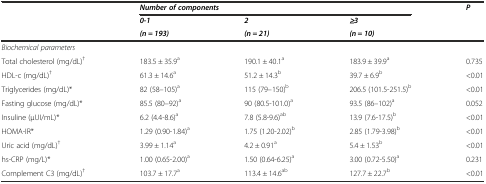
<table><thead><tr><td></td><td colspan="3"><b><i>Number of components</i></b></td><td><b><i>P</i></b></td></tr><tr><td></td><td><b><i>0-1</i></b></td><td><b><i>2</i></b></td><td><b><i>≥3</i></b></td><td></td></tr><tr><td></td><td><b><i>(n = 193)</i></b></td><td><b><i>(n = 21)</i></b></td><td><b><i>(n = 10)</i></b></td><td></td></tr></thead><tbody><tr><td><i>Biochemical parameters</i></td><td></td><td></td><td></td><td></td></tr><tr><td>Total cholesterol (mg/dL)<sup>†</sup></td><td>183.5 ± 35.9<sup>a</sup></td><td>190.1 ± 40.1<sup>a</sup></td><td>183.9 ± 39.9<sup>a</sup></td><td>0.735</td></tr><tr><td>HDL-c (mg/dL)<sup>†</sup></td><td>61.3 ± 14.6<sup>a</sup></td><td>51.2 ± 14.3<sup>b</sup></td><td>39.7 ± 6.9<sup>b</sup></td><td>&lt;0.01</td></tr><tr><td>Triglycerides (mg/dL)*</td><td>82 (58–105)<sup>a</sup></td><td>115 (79–150)<sup>b</sup></td><td>206.5 (101.5-251.5)<sup>b</sup></td><td>&lt;0.01</td></tr><tr><td>Fasting glucose (mg/dL)*</td><td>85.5 (80–92)<sup>a</sup></td><td>90 (80.5-101.0)<sup>a</sup></td><td>93.5 (86–102)<sup>a</sup></td><td>0.052</td></tr><tr><td>Insuline (μUI/mL)*</td><td>6.2 (4.4-8.6)<sup>a</sup></td><td>7.8 (5.8-9.6)<sup>ab</sup></td><td>13.9 (7.6-17.5)<sup>b</sup></td><td>&lt;0.01</td></tr><tr><td>HOMA-IR*</td><td>1.29 (0.90-1.84)<sup>a</sup></td><td>1.75 (1.20-2.02)<sup>b</sup></td><td>2.85 (1.79-3.98)<sup>b</sup></td><td>&lt;0.01</td></tr><tr><td>Uric acid (mg/dL)<sup>†</sup></td><td>3.99 ± 1.14<sup>a</sup></td><td>4.2 ± 0.91<sup>a</sup></td><td>5.4 ± 1.53<sup>b</sup></td><td>&lt;0.01</td></tr><tr><td>hs-CRP (mg/L)*</td><td>1.00 (0.65-2.00)<sup>a</sup></td><td>1.50 (0.64-6.25)<sup>a</sup></td><td>3.00 (0.72-5.50)<sup>a</sup></td><td>0.231</td></tr><tr><td>Complement C3 (mg/dL)<sup>†</sup></td><td>103.7 ± 17.7<sup>a</sup></td><td>113.4 ± 14.6<sup>ab</sup></td><td>127.7 ± 22.7<sup>b</sup></td><td>&lt;0.01</td></tr></tbody></table>